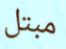
مبتل